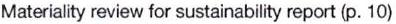
Materiality review for sustainability report (p. 10)